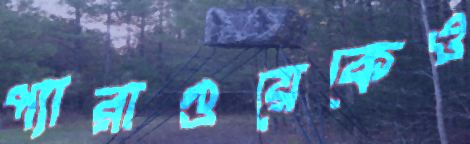
প্যারাগুয়েকেও